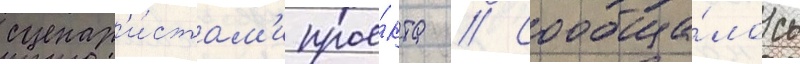
сценар'и́стам'и прое́кта // Сообща́лось